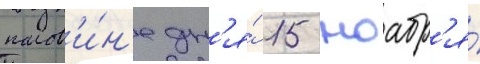
полов'и́н'е дн'я́ 15 ноабр'я́